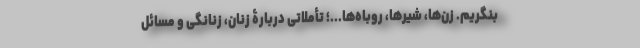
بنگریم. زن‌ها، شیرها، روباه‌ها...؛ تأملاتی دربارۀ زنان، زنانگی و مسائل